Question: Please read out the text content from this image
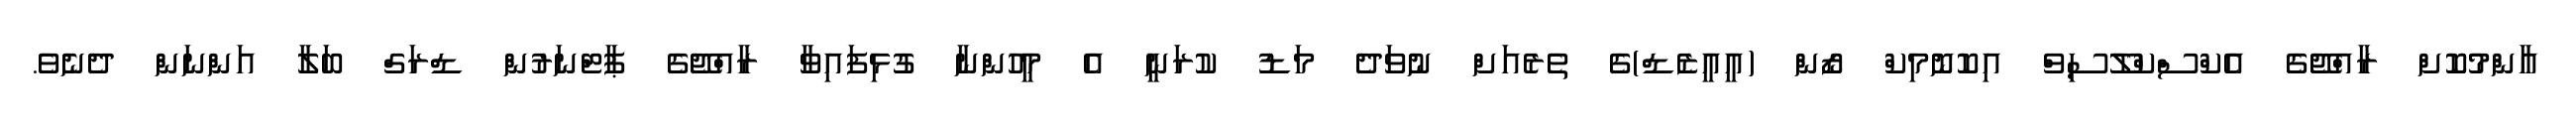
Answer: އާންމުކޮށް ރާއްޖޭގެ އެކްސްކްލޫސިވް އިކޮނޮމިކް ޒޯން (އީއީޒެޑް)ގެ ތެރެއަށް ނުވަދެ މަޑު ކުރަނީ އެ މީހުންނާ ގުޅިފައިވާ ރާއްޖޭގެ ޕާޓްނަރުން ޑްރަގް ބަލާ އަންނަން ދެނެވެ.